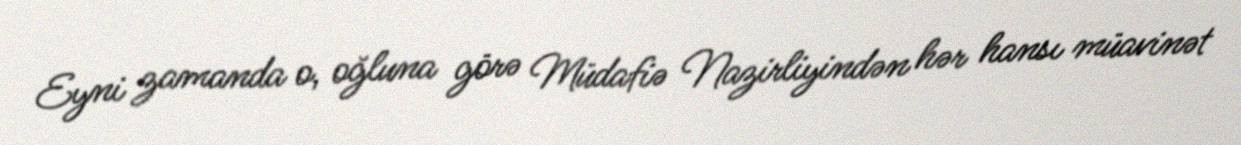
Eyni zamanda o, oğluna görə Müdafiə Nazirliyindən hər hansı müavinət